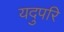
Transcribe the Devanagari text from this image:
यदुपरि